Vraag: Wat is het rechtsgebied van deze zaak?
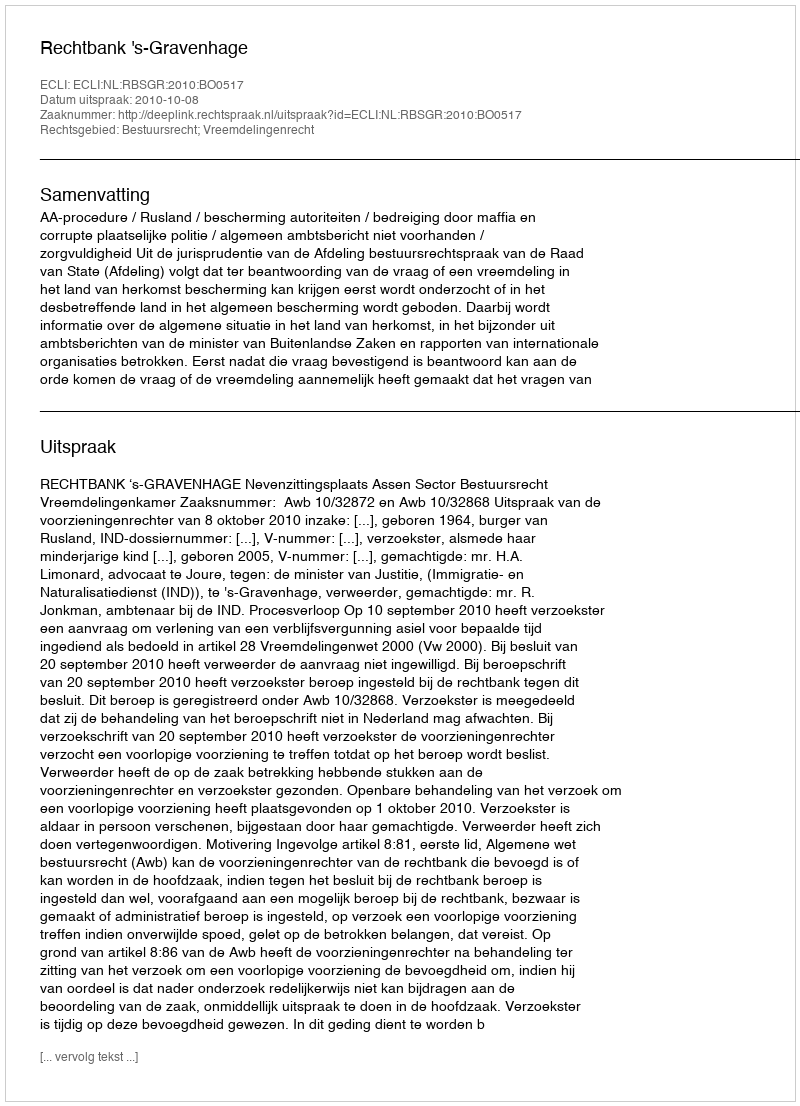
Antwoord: Bestuursrecht; Vreemdelingenrecht